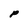
Character: P